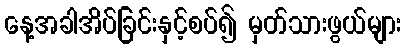
နေ့အခါအိပ်ခြင်းနှင့်စပ်၍ မှတ်သားဖွယ်များ